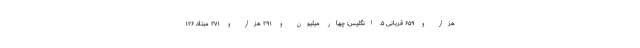
هزار و ۶۵۹ قربانی ۵. انگلیس: چهار میلیون و ۲۹۱ هزار و ۲۷۱ مبتلا، ۱۲۶